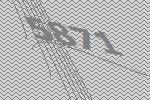
5871